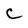
Character: C